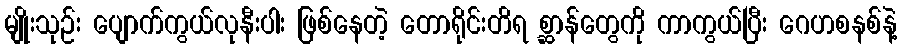
မျိုးသုဉ်း ပျောက်ကွယ်လုနီးပါး ဖြစ်နေတဲ့ တောရိုင်းတိရ စ္ဆာန်တွေကို ကာကွယ်ပြီး ဂေဟစနစ်နဲ့